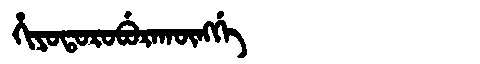
Manchu: ᡥᡳᠶᠣᡨᠣᡵᠣᠪᡠᡵᠠᡴᡡᠩᡤᡝ
Romanization: HIYOTOROBURAKŪNGGE